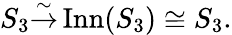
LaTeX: S_{3}{\overset{\sim}{\to}}\operatorname{Inn}(S_{3})\cong S_{3}.